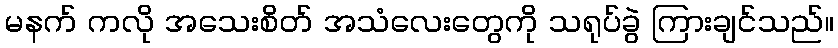
မနက် ကလို အသေးစိတ် အသံလေးတွေကို သရုပ်ခွဲ ကြားချင်သည်။